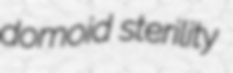
domoid sterility